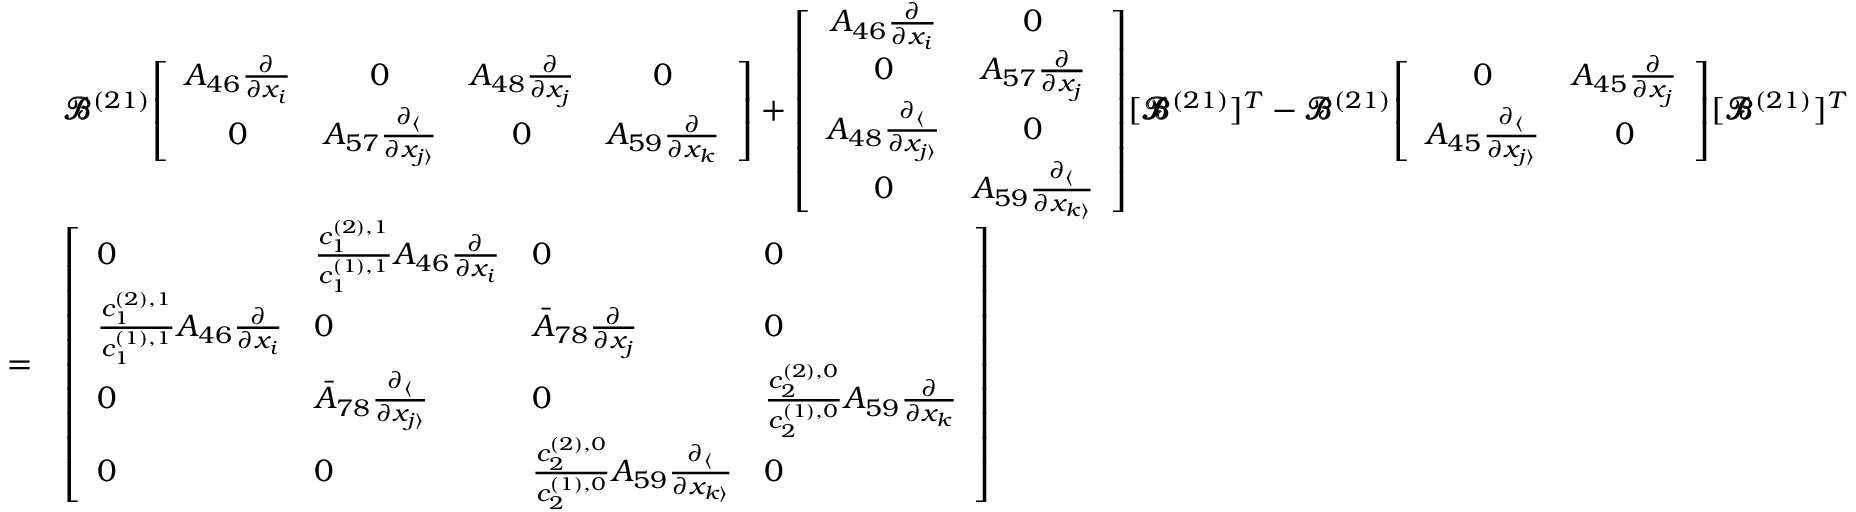
\begin{array} { r l } & { \pmb { \mathscr { B } } ^ { ( 2 1 ) } \! \left[ \begin{array} { c c c c } { A _ { 4 6 } \frac { \partial } { \partial x _ { i } } } & { 0 } & { A _ { 4 8 } \frac { \partial } { \partial x _ { j } } } & { 0 } \\ { 0 } & { A _ { 5 7 } \frac { \partial _ { \langle } } { \partial x _ { j \rangle } } } & { 0 } & { A _ { 5 9 } \frac { \partial } { \partial x _ { k } } } \end{array} \right] + \left[ \begin{array} { c c } { A _ { 4 6 } \frac { \partial } { \partial x _ { i } } } & { 0 } \\ { 0 } & { A _ { 5 7 } \frac { \partial } { \partial x _ { j } } } \\ { A _ { 4 8 } \frac { \partial _ { \langle } } { \partial x _ { j \rangle } } } & { 0 } \\ { 0 } & { A _ { 5 9 } \frac { \partial _ { \langle } } { \partial x _ { k \rangle } } } \end{array} \right] \! [ \pmb { \mathscr { B } } ^ { ( 2 1 ) } ] ^ { T } - \pmb { \mathscr { B } } ^ { ( 2 1 ) } \! \left[ \begin{array} { c c } { 0 } & { A _ { 4 5 } \frac { \partial } { \partial x _ { j } } } \\ { A _ { 4 5 } \frac { \partial _ { \langle } } { \partial x _ { j \rangle } } } & { 0 } \end{array} \right] \! [ \pmb { \mathscr { B } } ^ { ( 2 1 ) } ] ^ { T } } \\ { = } & { \left[ \begin{array} { l l l l } { 0 } & { \frac { c _ { 1 } ^ { ( 2 ) , 1 } } { c _ { 1 } ^ { ( 1 ) , 1 } } A _ { 4 6 } \frac { \partial } { \partial x _ { i } } } & { 0 } & { 0 } \\ { \frac { c _ { 1 } ^ { ( 2 ) , 1 } } { c _ { 1 } ^ { ( 1 ) , 1 } } A _ { 4 6 } \frac { \partial } { \partial x _ { i } } } & { 0 } & { \bar { A } _ { 7 8 } \frac { \partial } { \partial x _ { j } } } & { 0 } \\ { 0 } & { \bar { A } _ { 7 8 } \frac { \partial _ { \langle } } { \partial x _ { j \rangle } } } & { 0 } & { \frac { c _ { 2 } ^ { ( 2 ) , 0 } } { c _ { 2 } ^ { ( 1 ) , 0 } } A _ { 5 9 } \frac { \partial } { \partial x _ { k } } } \\ { 0 } & { 0 } & { \frac { c _ { 2 } ^ { ( 2 ) , 0 } } { c _ { 2 } ^ { ( 1 ) , 0 } } A _ { 5 9 } \frac { \partial _ { \langle } } { \partial x _ { k \rangle } } } & { 0 } \end{array} \right] } \end{array}